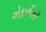
એફસીસી